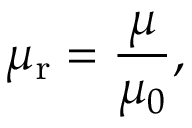
\mu _ { \mathrm { r } } = { \frac { \mu } { \mu _ { 0 } } } ,